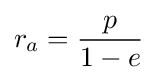
r_{a}={\frac {p}{1-e}}